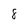
Character: 8